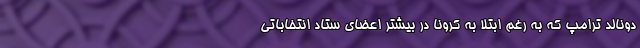
دونالد ترامپ که به رغم ابتلا به کرونا در بیشتر اعضای ستاد انتخاباتی